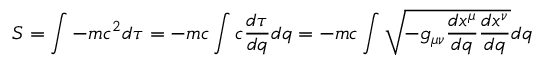
S = \int { - m c ^ { 2 } d \tau } = - m c \int { c { \frac { d \tau } { d q } } d q } = - m c \int { { \sqrt { - g _ { \mu \nu } { \frac { d x ^ { \mu } } { d q } } { \frac { d x ^ { \nu } } { d q } } } } d q }